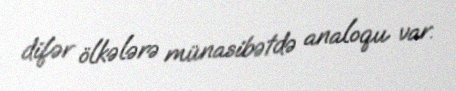
difər ölkələrə münasibətdə analoqu var.